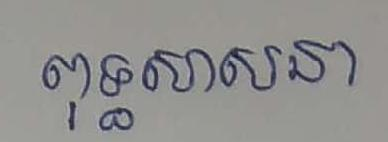
ពុទ្ធសាសនា